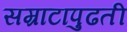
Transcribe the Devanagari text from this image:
सम्राटापुढती